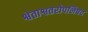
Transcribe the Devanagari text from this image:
श्वेताश्वतरोपनिषद